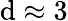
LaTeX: \mathrm{d}\approx3